King Institute of Preventive Medicine Micro-Biological Section reports 1909-11
Year: 1909
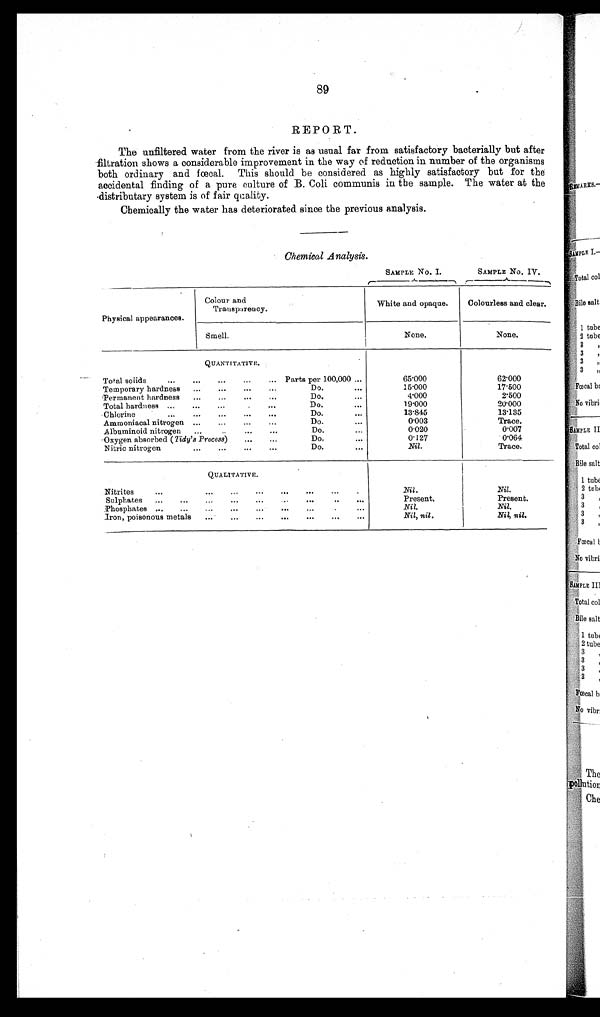
89
REPORT.
The unfiltered water from the river is as usual far from satisfactory bacterially but after
filtration shows a considerable improvement in the way of reduction in number of the organisms
both ordinary and fœcal. This should be considered as highly satisfactory but for the
accidental finding of a pure culture of B. Coli communis in the sample. The water at the
distributary system is of fair quality.
Chemically the water has deteriorated since the previous analysis.
Chemical Analysis.